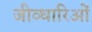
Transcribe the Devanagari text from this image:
जीव्धारिओं